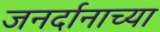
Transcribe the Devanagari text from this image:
जनर्दानाच्या